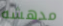
مدهشه